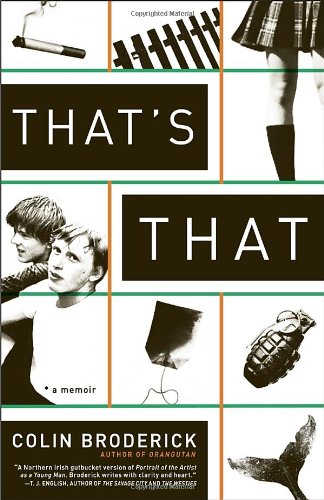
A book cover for That's That: A Memoir; Colin Broderick; Biographies & Memoirs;